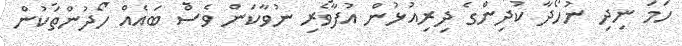
ހަމަ ނިދި ނުހޯދާ ކުދިންގެ ދިރިއުޅުން އުފާވެރި ނުވާކަން ވެސް ބައެއް ހޯދުންތަކުން